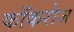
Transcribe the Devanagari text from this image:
कॉकरोज